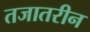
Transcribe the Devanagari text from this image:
तजातरीन